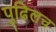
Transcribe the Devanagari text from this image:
पुढिलच